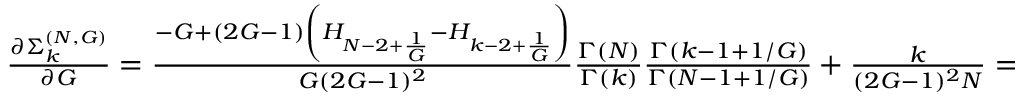
\begin{array} { r } { \frac { \partial \Sigma _ { k } ^ { ( N , G ) } } { \partial G } = \frac { - G + ( 2 G - 1 ) \left( H _ { N - 2 + \frac { 1 } { G } } - H _ { k - 2 + \frac { 1 } { G } } \right) } { G ( 2 G - 1 ) ^ { 2 } } \frac { \Gamma ( N ) } { \Gamma ( k ) } \frac { \Gamma ( k - 1 + 1 / G ) } { \Gamma ( N - 1 + 1 / G ) } + \frac { k } { ( 2 G - 1 ) ^ { 2 } N } = \underbrace { \frac { 1 } { ( 2 G - 1 ) ^ { 2 } } } _ { > 0 } f _ { k , N } ( G ) , } \end{array}